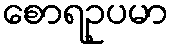
စောရဥပမာ